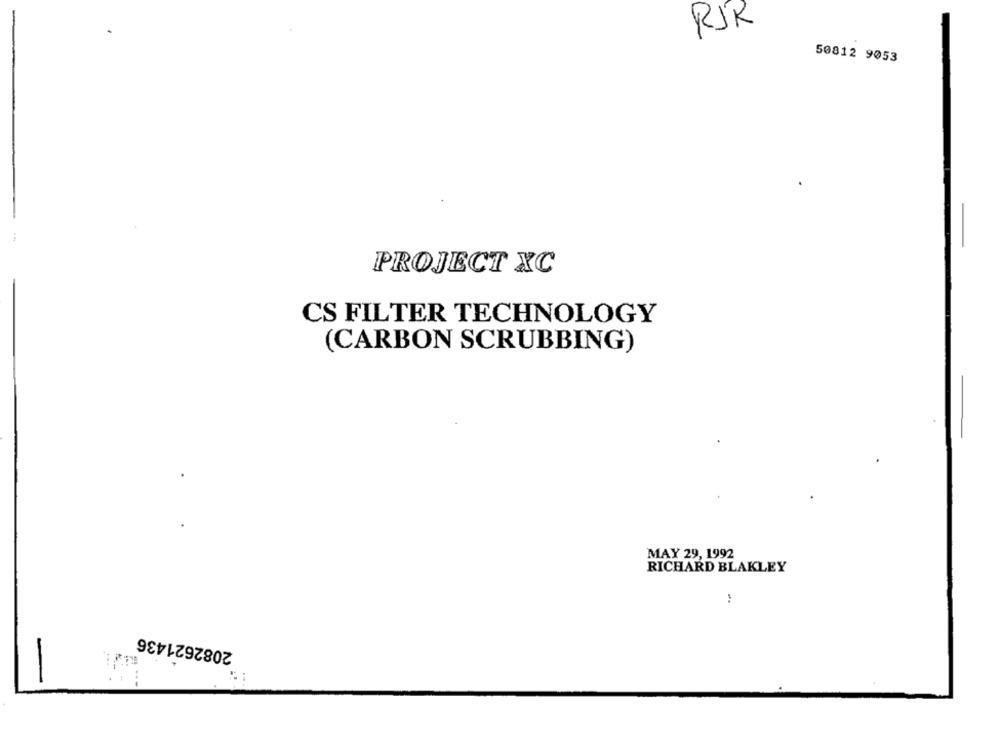
RJR
50812 9053
PROJECT XC
CS FILTER TECHNOLOGY
(CARBON SCRUBBING)
MAY 29, 1992
RICHARD BLAKLEY
2082621436
-